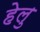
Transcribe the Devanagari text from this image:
हेलु